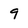
Character: 9